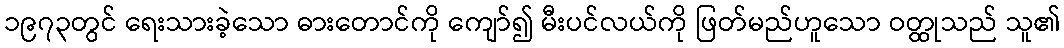
၁၉၇၃တွင် ရေးသားခဲ့သော ဓားတောင်ကို ကျော်၍ မီးပင်လယ်ကို ဖြတ်မည်ဟူသော ဝတ္ထုသည် သူ၏